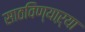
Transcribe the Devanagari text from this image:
साठविण्याऱ्या